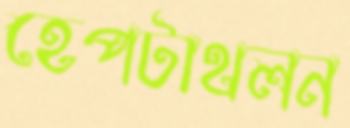
হেপটাথলন